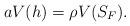
LaTeX: \begin{align*}aV(h)=\rho V(S_F).\end{align*}